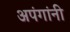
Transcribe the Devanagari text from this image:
अपंगांनी